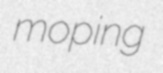
moping